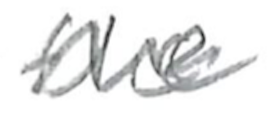
Text: the
Cross-out: wave
Writing tool: pencil